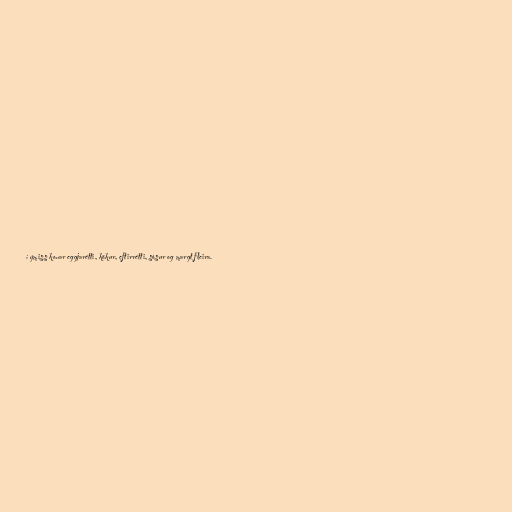
í ýmiss konar eggjarétti, kökur, eftirrétti, sósur og margt fleira.